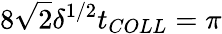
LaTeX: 8\sqrt{2}\delta^{1/2}t_{COLL}=\pi